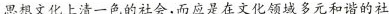
思想文化上清一色的社会，而应是在文化领域多元和谐的社